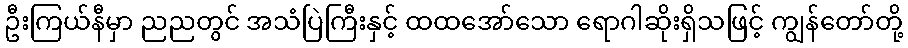
ဦးကြယ်နီမှာ ညညတွင် အသံပြဲကြီးနှင့် ထထအော်သော ရောဂါဆိုးရှိသဖြင့် ကျွန်တော်တို့